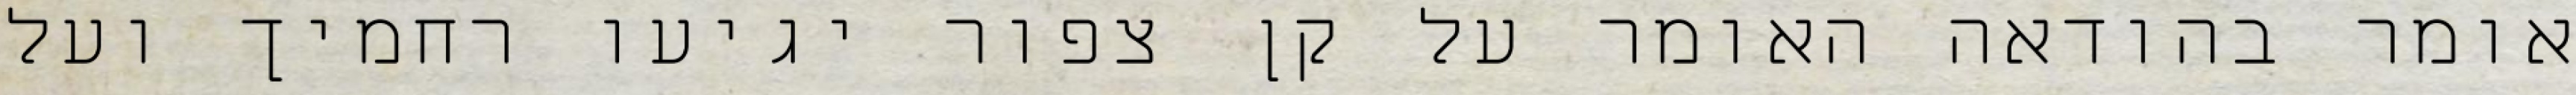
אומר בהודאה האומר על קן צפור יגיעו רחמיך ועל